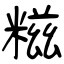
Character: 糍